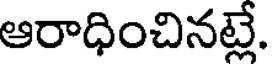
ఆరాధించినట్లే.